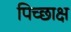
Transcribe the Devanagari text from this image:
पिच्छाक्ष